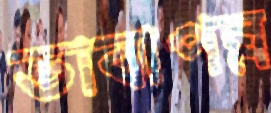
ভাবাপন্ন